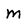
Character: m